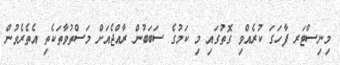
މިނިސްޓަރ ފާހަގަ ކުރެއްވި ގޮތުގައި މި ކަމުގެ ސަބަބުން ރާއްޖެއަށް މަސްތުވާތަކެތި އެތެރެވުން